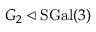
G _ { 2 } \triangleleft \mathrm { S G a l } ( 3 )